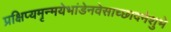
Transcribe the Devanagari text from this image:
प्रक्षिप्यमृन्मयेभांडेनवेसाच्छादनेशुभे